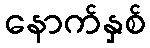
နောက်နှစ်